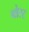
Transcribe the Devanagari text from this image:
ब्लेस्ट